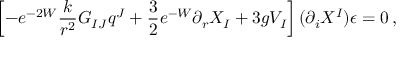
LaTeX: \left[ - e ^ { - 2 W } \frac { k } { r ^ { 2 } } G _ { I J } q ^ { J } + \frac 3 2 e ^ { - W } \partial _ { r } X _ { I } + 3 g V _ { I } \right] ( \partial _ { i } X ^ { I } ) \epsilon = 0 \, ,